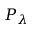
P _ { \lambda }